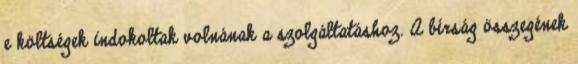
e költségek indokoltak volnának a szolgáltatáshoz. A bírság összegének